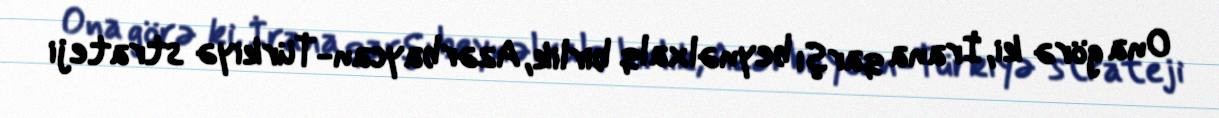
Ona görə ki, İrana qarşı beynəlxalq birlik, Azərbaycan-Türkiyə strateji